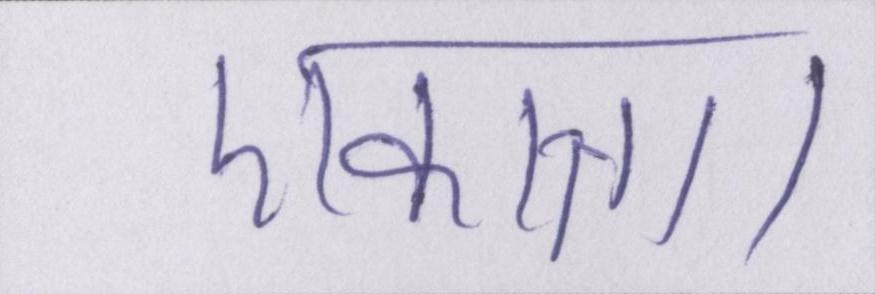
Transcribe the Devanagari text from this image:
एकान्त।